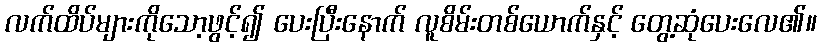
လက်ထိပ်များကိုသော့ဖွင့်၍ ပေးပြီးနောက် လူစိမ်းတစ်ယောက်နှင့် တွေ့ဆုံပေးလေ၏။